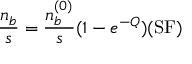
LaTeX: \frac { n _ { b } } { s } = \frac { n _ { b } ^ { ( 0 ) } } { s } ( 1 - e ^ { - Q } ) ( \mathrm { S F } )